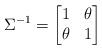
LaTeX: \begin{align*} \Sigma^{-1} = \left[\begin{matrix}1 & \theta \\\theta & 1\end{matrix}\right] \ \ \end{align*}